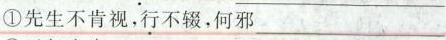
①先生不肯视，\underset{·}{行}不辍，何邪___